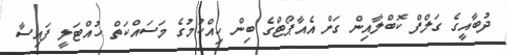
ދުބާއީގެ ގަލްފް ކޮބްލާއިން ގަން އެއާޕޯޓްގެ ބިން ހިއްކުމުގެ މަސައްކަތް ހުއްޓަލީ ފައިސާ